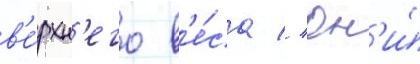
в'е́рхн'его в'е́са // Он'и́